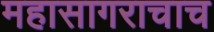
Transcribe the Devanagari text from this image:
महासागराचाच